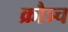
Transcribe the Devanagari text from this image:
क्रौञ्च